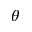
\theta